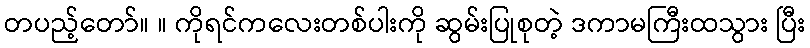
တပည့်တော်။ ။ ကိုရင်ကလေးတစ်ပါးကို ဆွမ်းပြုစုတဲ့ ဒကာမကြီးထသွား ပြီး